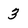
Character: 3